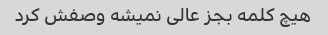
هیچ کلمه بجز عالی نمیشه وصفش کرد